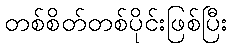
တစ်စိတ်တစ်ပိုင်းဖြစ်ပြီး